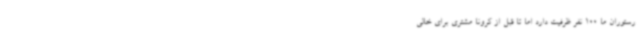
رستوران ما 100 نفر ظرفیت دارد اما تا قبل از کرونا مشتری برای خالی